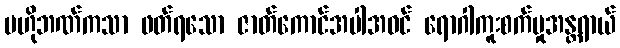
ဗဟိုဘဏ်ကသာ ဖတ်ရသော ဇာတ်ကောင်အပါအဝင် ရောဂါကူးစက်မှုအန္တရာယ်